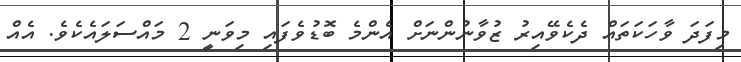
މިފަދަ ވާހަކަތައް ދެކެވޭއިރު ޒުވާނުންނަށް އެންމެ ބޮޑުވެފައި މިވަނީ 2 މައްސަލައެކެވެ. އެއް